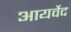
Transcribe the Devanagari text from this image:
आयर्वेद